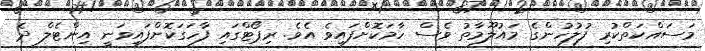
މަސައްކަތްކުރި ފުލުހުންގެ މައުލޫމާތު ވެސް ހާމަކޮށްފައިވެ އެވެ. ރިޕޯޓްގައި ފާހަގަކޮށްފައިވަނީ އިންޓެލް ދެ